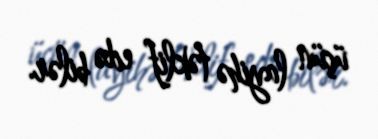
üçün layihə təklif edə bilər.